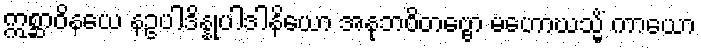
ဣစ္ဆာဝိနယေ နဥပါဒိန္နုပါဒါနိယော အနုဘဝိတဗ္ဗော မဟောဃသ္မိံ ကာယော